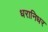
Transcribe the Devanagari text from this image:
धरानिधर